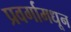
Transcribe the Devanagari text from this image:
प्रवर्गामधून